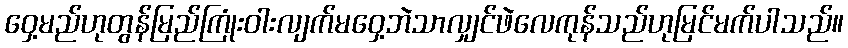
ဝှေ့မည်ဟုတွန်မြည်ကြုံးဝါးလျက်မဝှေ့ဘဲသာလျှင်ဖဲလေကုန်သည်ဟုမြင်မက်ပါသည်။